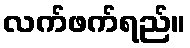
လက်ဖက်ရည်။